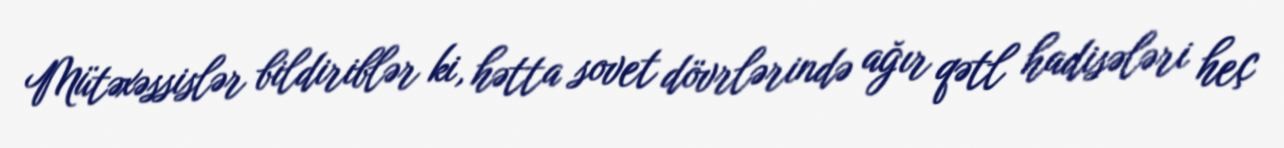
Mütəxəssislər bildiriblər ki, hətta sovet dövrlərində ağır qətl hadisələri heç